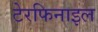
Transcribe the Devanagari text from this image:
टेरफिनाइल